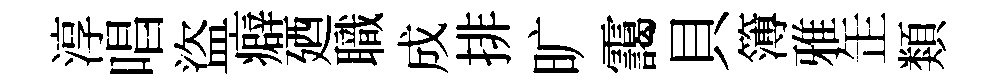
淳唱盜癖廼職成排旷靄貝簿雅𦈢類